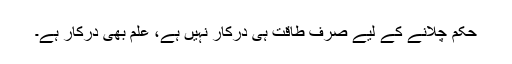
حکم چلانے کے لیے صرف طاقت ہی درکار نہیں ہے، علم بھی درکار ہے۔